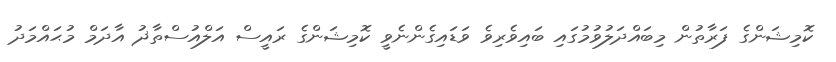
ކޮމިޝަންގެ ފަރާތުން މިބައްދަލުވުމުގައި ބައިވެރިވެ ވަޑައިގެންނެވީ ކޮމިޝަންގެ ރައީސް އަލްއުސްތާޛު އާދަމް މުޙައްމަދު